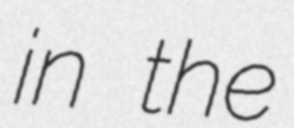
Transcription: in the